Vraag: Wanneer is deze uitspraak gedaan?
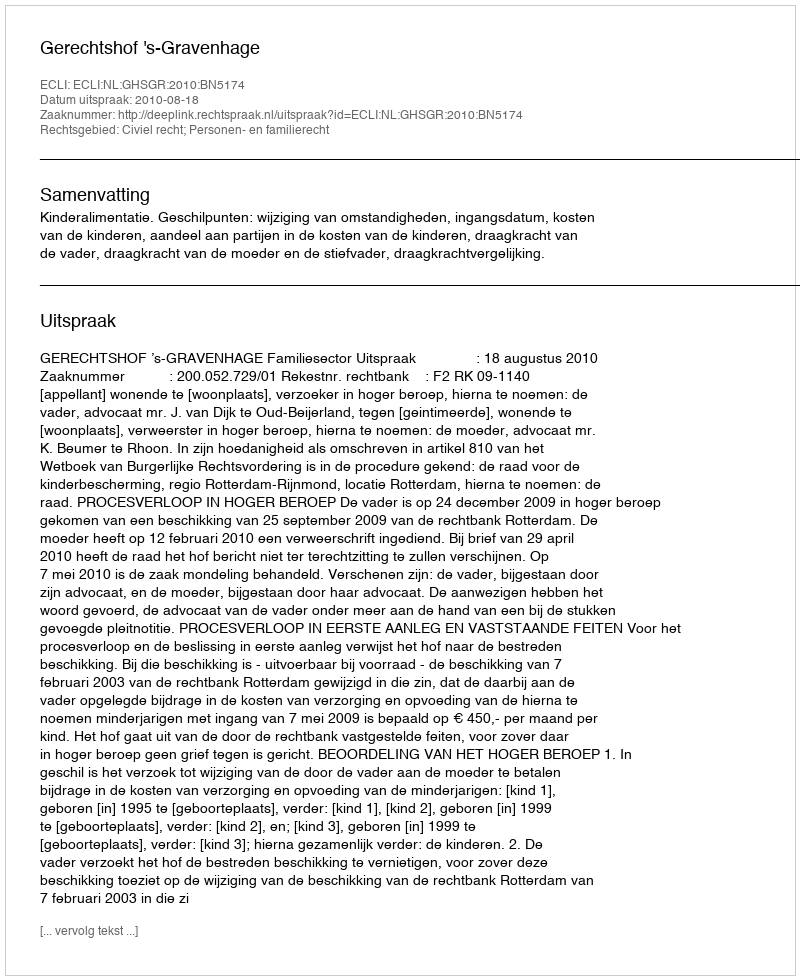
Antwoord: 2010-08-18